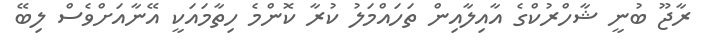
ރާޖޫ ބުނީ ޝާހްރުކްގެ އާއިލާއިން ތަހައްމަލު ކުރާ ކޮންމެ ހިތާމައަކީ އޭނާއަށްވެސް ލިބޭ